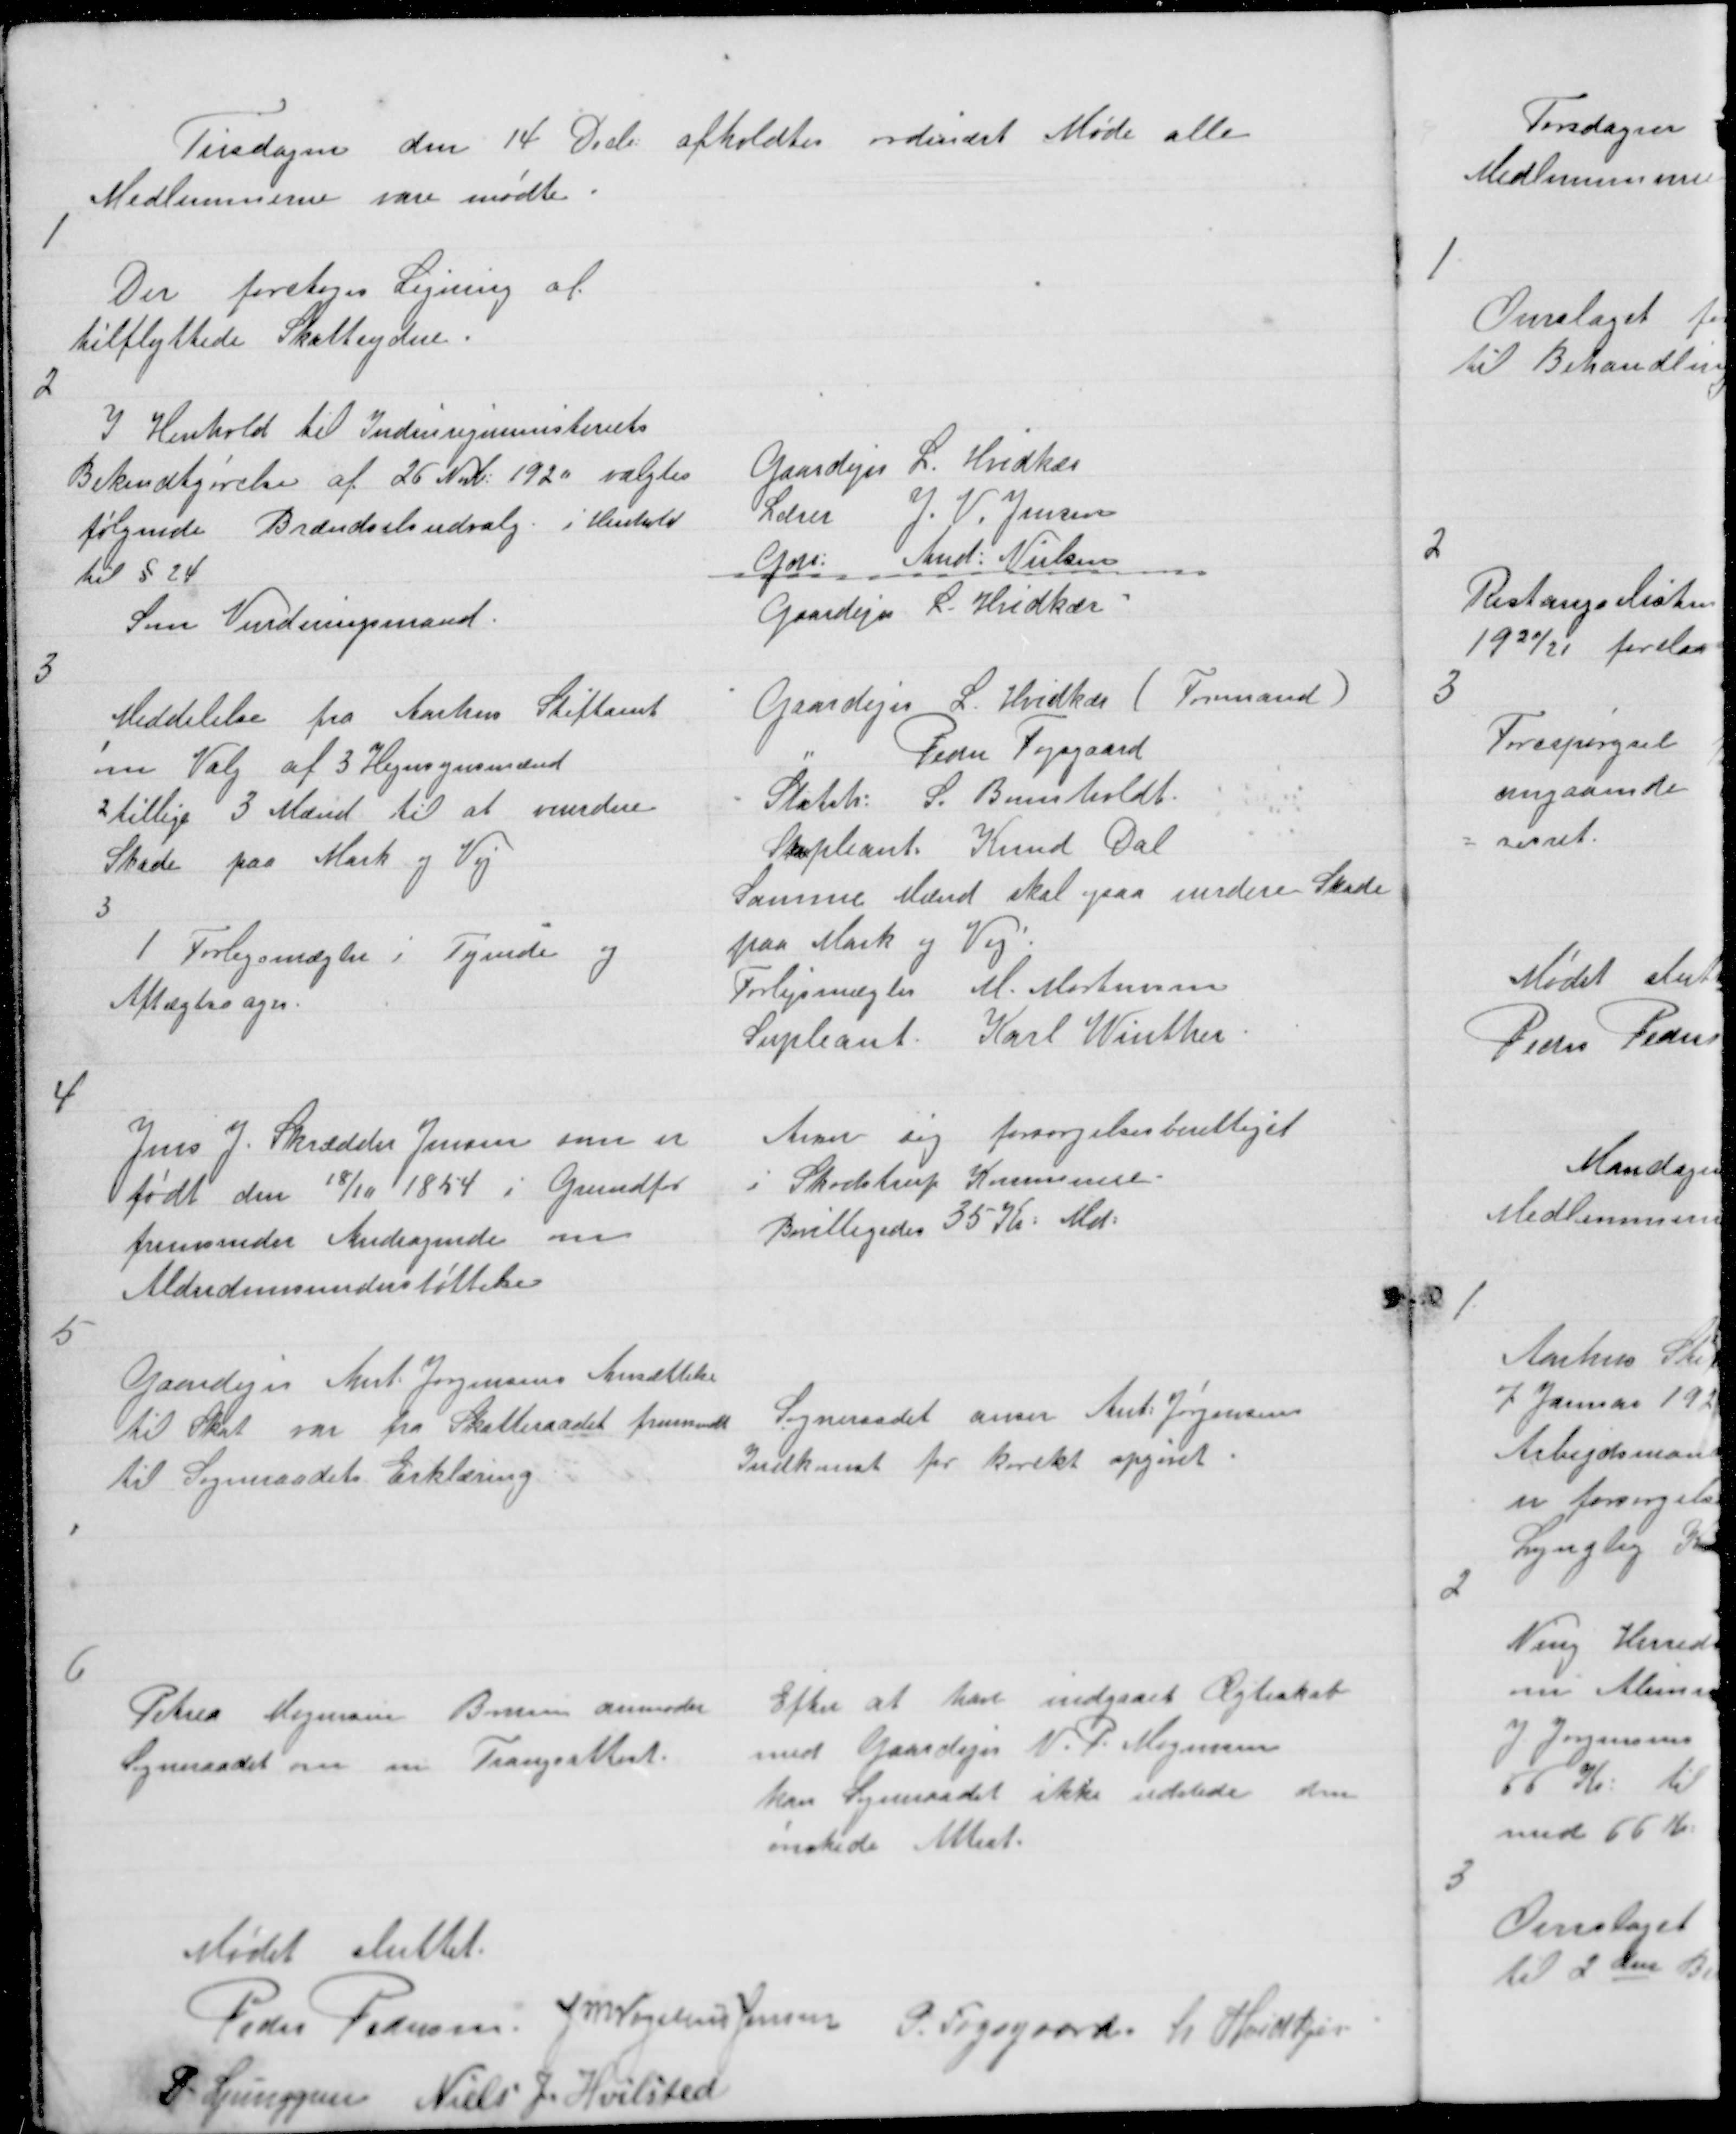
Transskription:
Tirsdagen den 14 Decb: afholdtes ordinært Møde alle
Medlemmerne vare mødte.

1

Der foretoges Ligning af
tilflyttede Skatteydere.

2

I Henhold til Indenrigministeriets
Bekendtgørelse af 26 Nvb: 1920 valgtes
følgende Brændselsudvalg i Henhold
til § 24

Gaardejer L. Hvidkjær
Lærer J. V. Jensen
Gdr: And: Nielsen

Som Vurderingsmand

Gaardejer L. Hvidkær

3

Meddelelse fra Aarhus Stiftamt
1
om Valg af 3 Hegnsynsmænd
2 tillige 3 Mænd til at vurdere
Skade paa Mark og Vej
3
1 Forligsmægler i Tyende og
Aftægtssager.

Gaardejer L. Hvidkjær ( Formand )
"
Peder Fogsgaard
Statsh: S. Bumholdt
Supleant Knud Dal
Samme Mænd skal ogsaa vurdere Skade
paa Mark og Vej
Forligsmægler M. Mortensen
Supleant Karl Winther

4

Jens J. Skrædder Jensen som er
født den 18/10 1854 i Grundfør
fremsender Andragende om
Alderdomsunderstøttelse

Anser sig forsørgelsesberettiget
i Skødstrup Kommune.
Bevilligedes 35 Kr: Md:

5

Gaardejer Ant: Jørgensens Ansættelse
til Skat var fra Skatteraadet fremsendt
til Sogneraadets Erklæring

Sogneraadet anser Ant: Jørgensens
Indkomst for korekt opgivet.

6

Petrea Mogensen Borum anmoder
Sogneraadet om en Trangsattest.

Efter at have indgaaet Ægteskab
med Gaardejer N. P. Mogensen
kan Sogneraadet ikke udstede den
ønskede Attest.

Mødet sluttet
Peder Pedersen J M Vogelius Jensen P. Fogsgaard L Hvidkjær
P. Ljunggren Niels J. Hvilsted